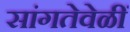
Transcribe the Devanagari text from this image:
सांगतेवेळीं